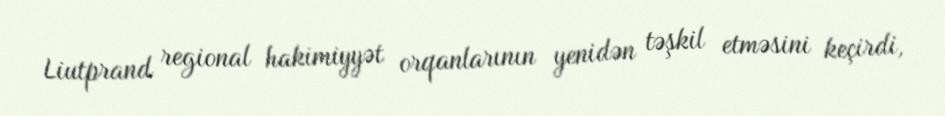
Liutprand regional hakimiyyət orqanlarının yenidən təşkil etməsini keçirdi,